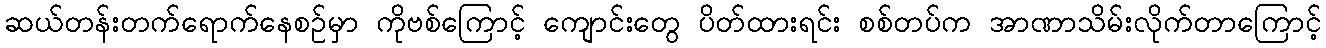
ဆယ်တန်းတက်ရောက်နေစဉ်မှာ ကိုဗစ်ကြောင့် ကျောင်းတွေ ပိတ်ထားရင်း စစ်တပ်က အာဏာသိမ်းလိုက်တာကြောင့်